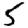
Digit: 5